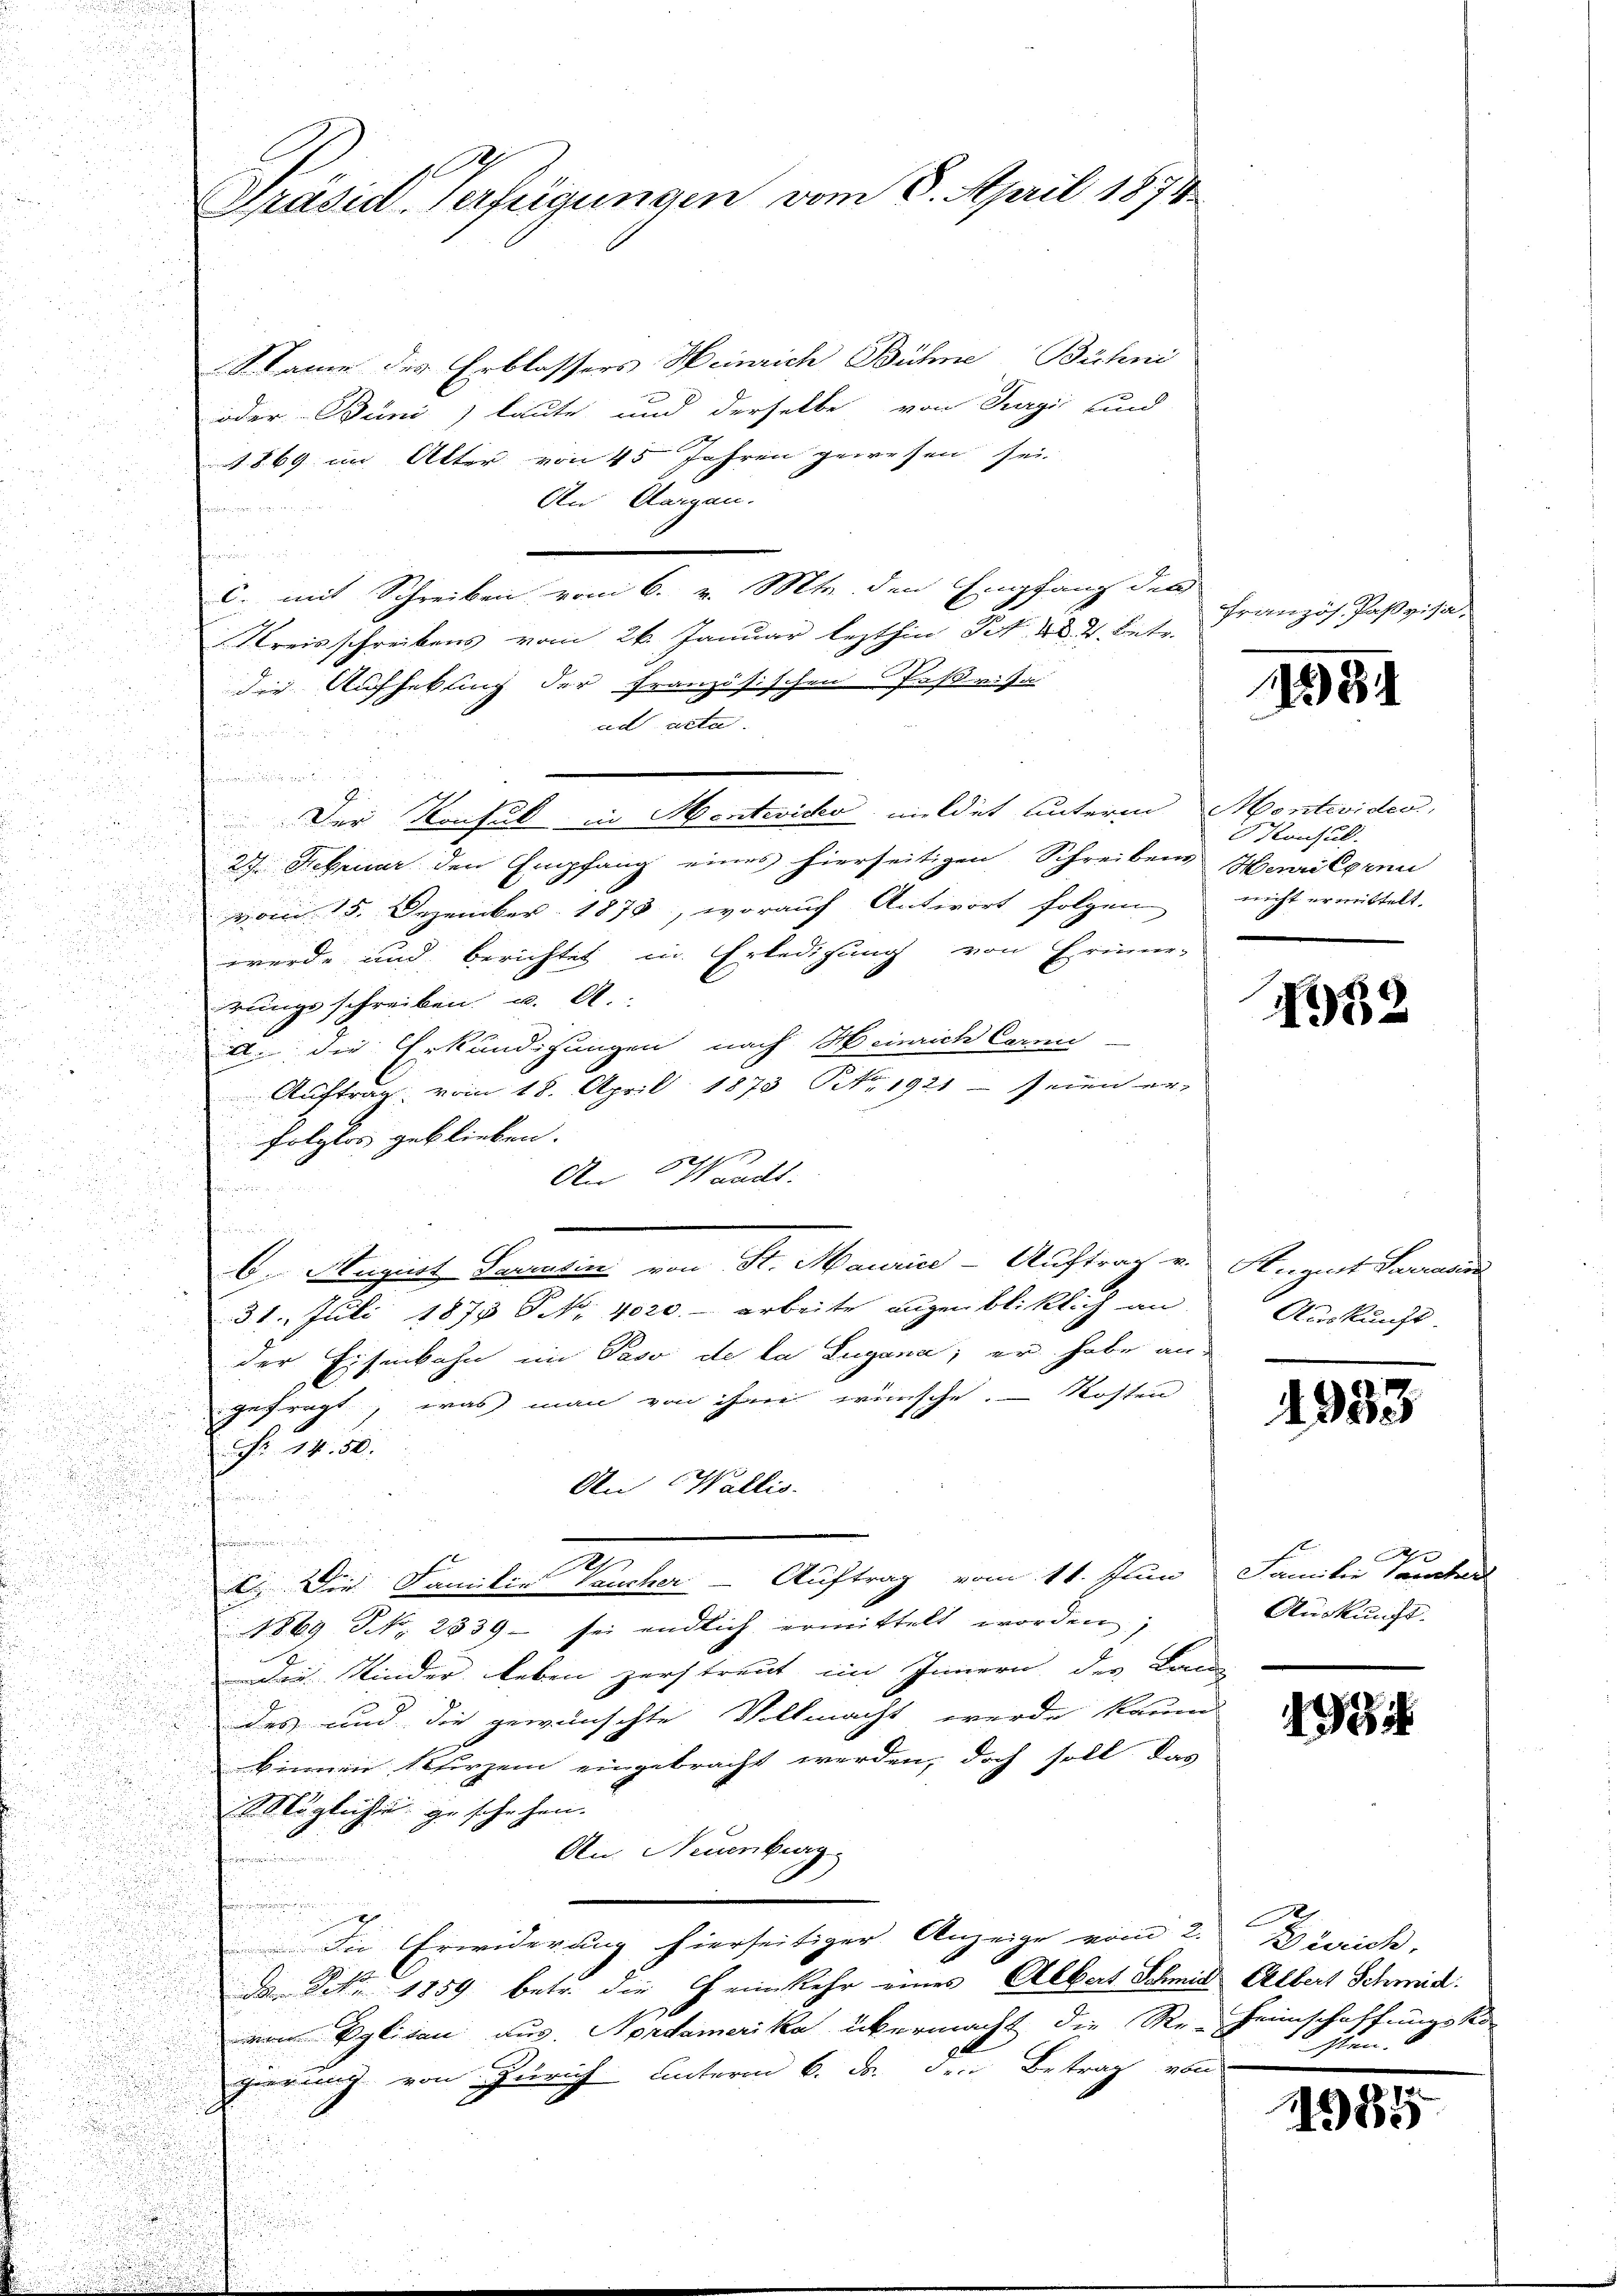
l
Präsid verfügungen vom 6. April 1874.

S. Samme des Erblassers Heinrich Bühne Büchni
oder Büni) laute und derselbe von Gagić und
1869 im Alter von 45 Jahren gewesen sei
An Aargau.
en
r
c. mit Schreiben vom 6. v. Mts. den Empfang des
Kreisschreibens vom 26. Januar lezthin Tit. 48. 4. Betr.

die Aufhebung der Französischen Paßvisa
ad acte.

n

Der Konsul in Montevico mildet unterm

a
27. Februar den Empfang eines hierseitigen Schreibens Hailgren
e

vom 15. Dezember 1878, worauf Antwort folgen

werde und berichtet in Erledigung von Erinner-

rungsschreiben u. A.
u
A. die Erkundigungen nach Heinrich Carni

Auftrag vom 18. April 1873 NNo. 1921 - seien er-
u
folglos geblieben. |
An Waadt.
h
e
.
6. August Sarradin von St. Maurice-Auftrag v. August Sarrasire
31. Juli 1875 S. 4020.- arbeite augenblicklich an
der Eisenbahn im Paso de la Lugana, er habe an-
gefragt, was man von ihm wünsche. Kosten
Nr. 14. 50.
An Wallis.
.
.
c. Die Familie aucher - Auftrag vom 11. Juni Familie aucher
1869 NNo. 2339 - sei endlich ermittelt worden;
Die Kinder leben zerstreut im Innern der Lande
des und die gewünschte Vollmacht werde kaum.
binnen Kherzen eingebracht werden, doch soll das
 Mögliche geschehen.
An Neuenburg
n
.
Die Erwiderung hierseitiger Anzeige vom 2. Zürich,
Da Fr. 1859 betr. die Heimkehr eines Albert Schmid Albert Schmid
von Eglisau aus. Nordamerika übermacht die Re-Heimschaffungsko
gierung von Zürich unterm 6. F. den Betrag von

französ. Paßvisa¬

1534

Hontevider
Konsul
nicht ermittelt.

452

Auskunft.

1933

d
Auskunft.

9

10 Iten.

984